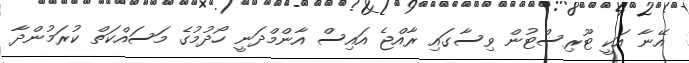
އޭނާ އަކީ ޓޫރިސްޓުން ވިސާގައި ރާއްޖެ އައިސް އާންމްދަނީ ހޯދުމުގެ މަސައްކަތް ކުރަމުންދާ